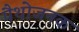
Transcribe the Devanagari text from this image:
पैथोजनक